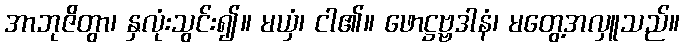
အာဘုဇိတွာ၊ နှလုံးသွင်း၍။ မယှံ၊ ငါ၏။ ဖောဋ္ဌဗ္ဗဒါနံ၊ မတွေ့အလှူသည်။